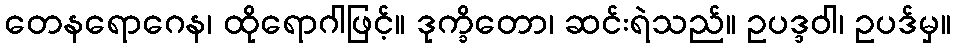
တေနရောဂေန၊ ထိုရောဂါဖြင့်။ ဒုက္ခိတော၊ ဆင်းရဲသည်။ ဥပဒ္ဒဝါ၊ ဥပဒ်မှ။